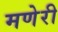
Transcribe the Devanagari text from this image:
मणेरी